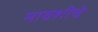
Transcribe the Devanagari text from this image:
मावशीचे